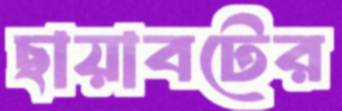
ছায়াবটের